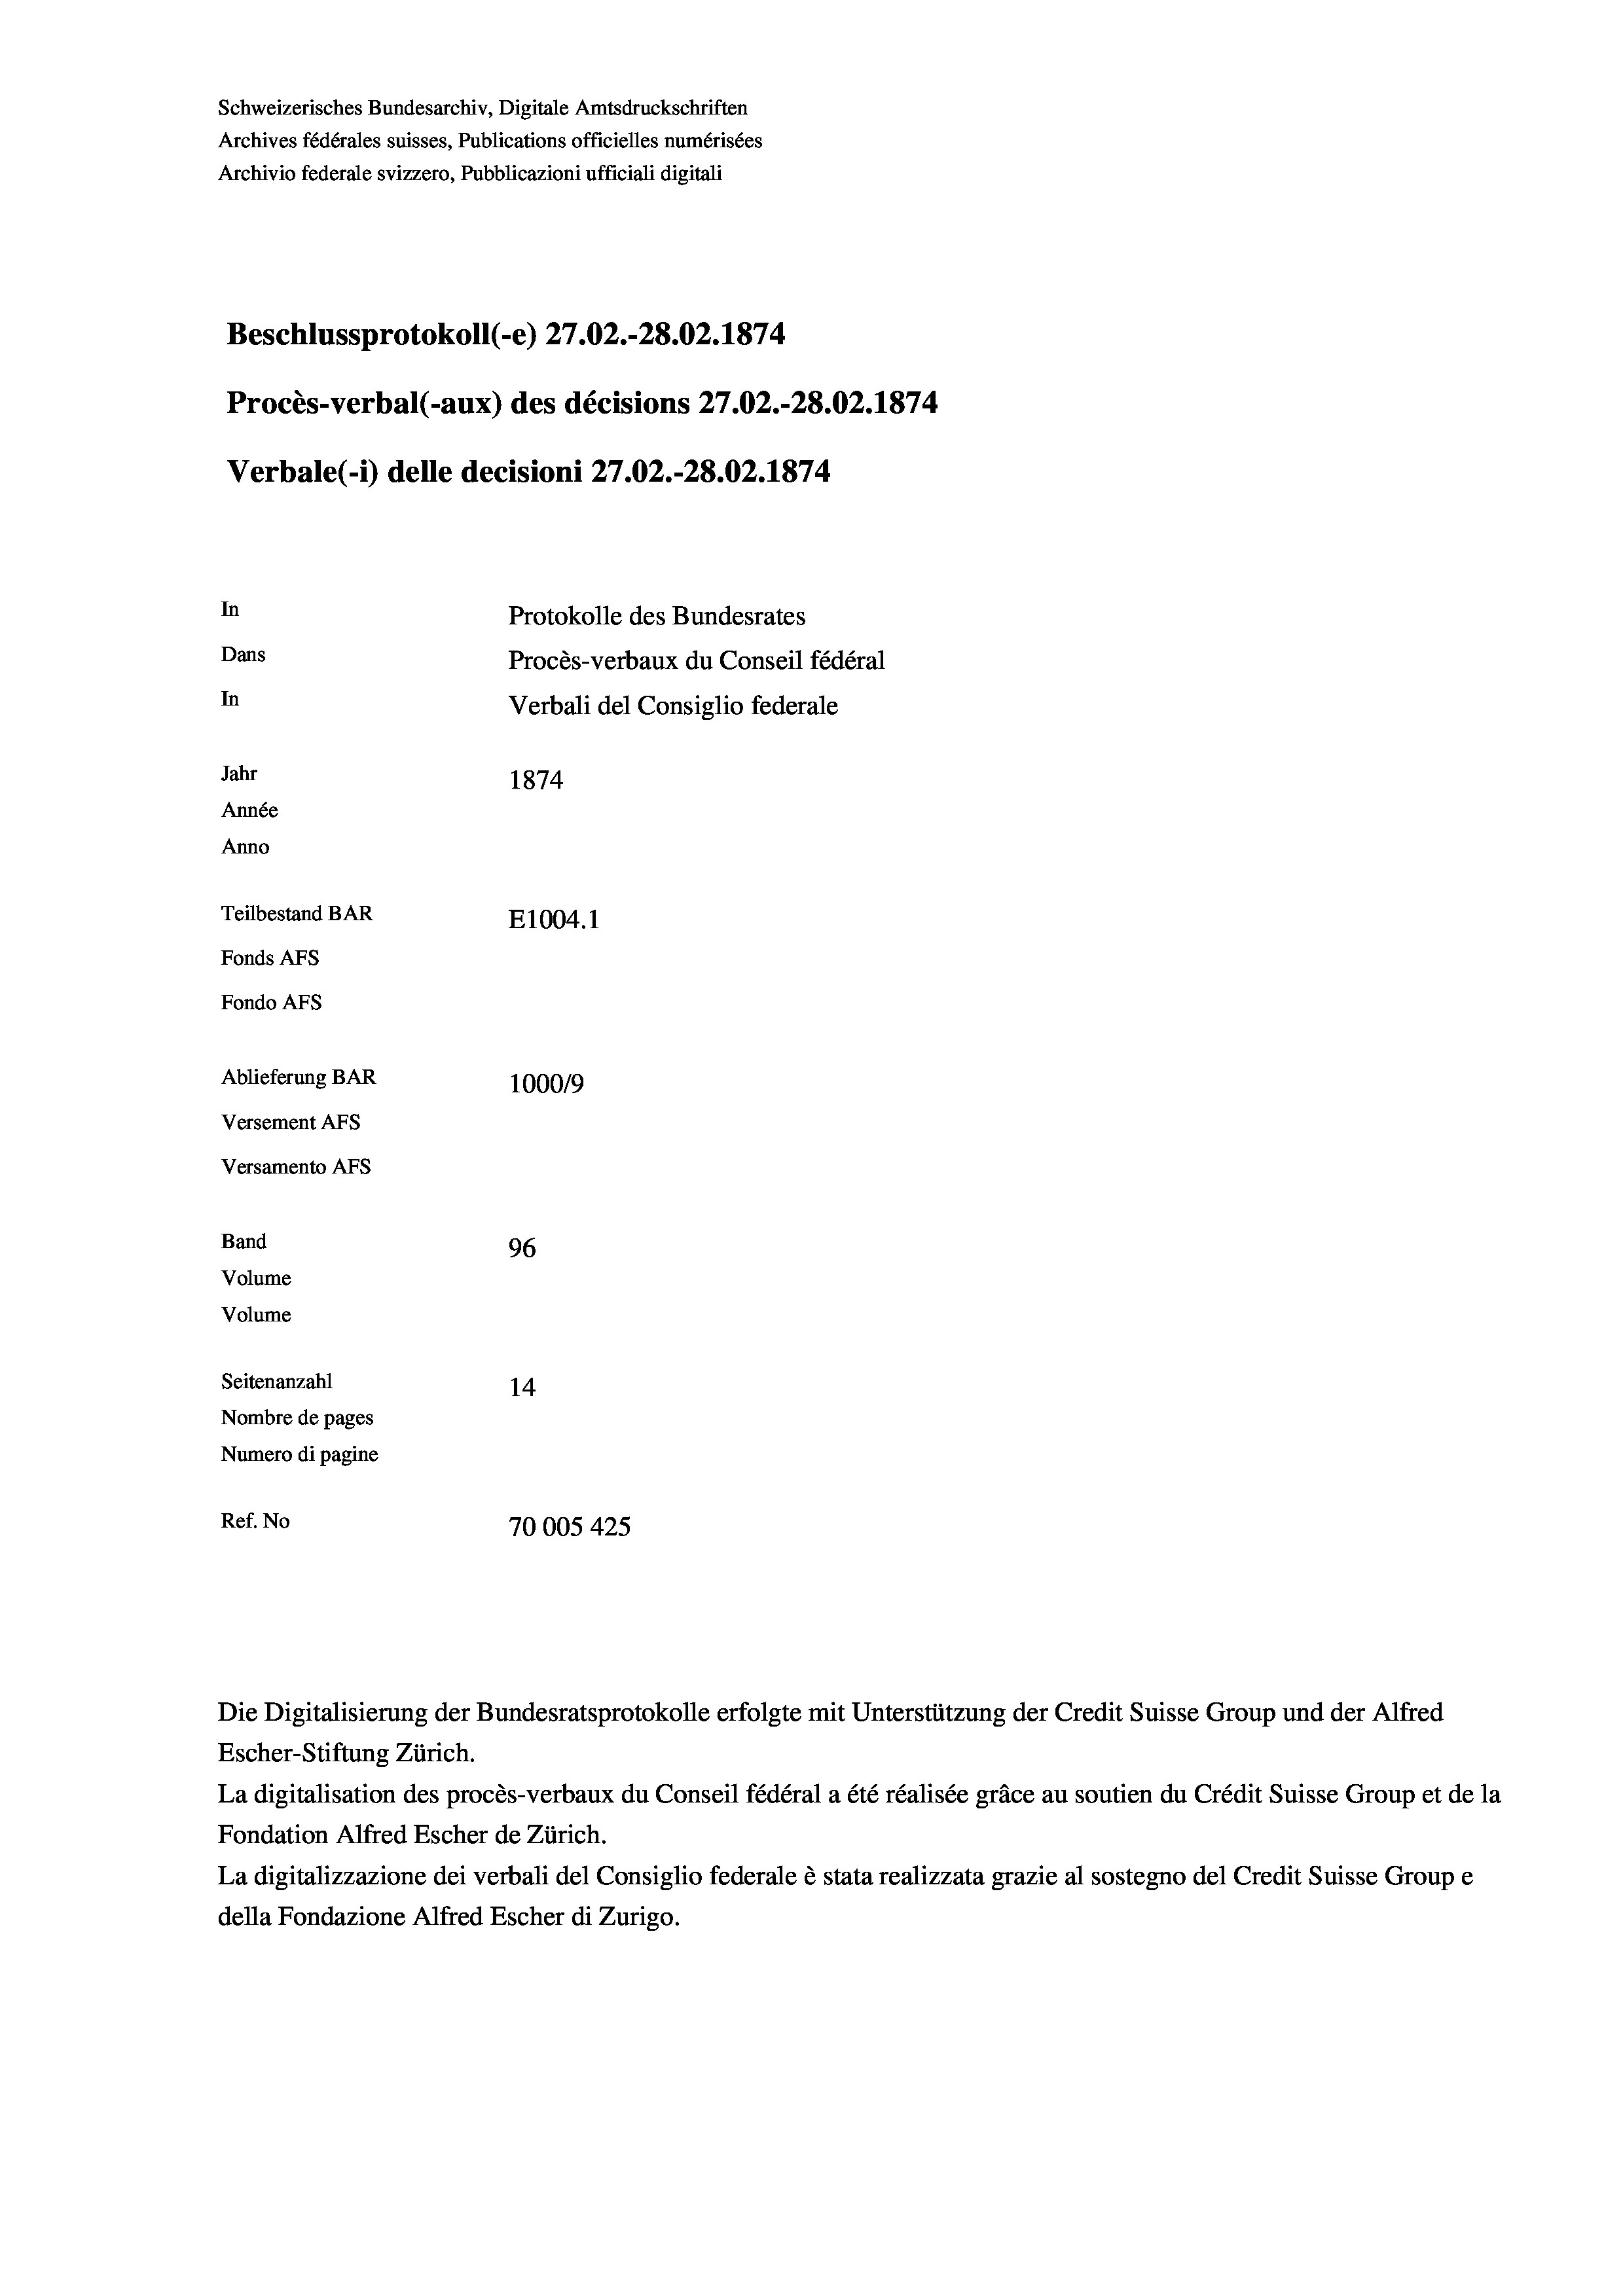
Beschlussprotokoll (-e) 27.02.-28.02. 1874
Procès-verbal (-aux) des décisions 27.02.-28.02. 1874
Verbale (1) delle decisioni 27.02.-28.02. 1874
In
Protokolle des Bundesrates
Dans
Procès-verbaux du Conseil fédéral
In
Verbali del Consiglio federale
Jahr
1874
Année
Anno
Teilbestand BAR
E1004. 1
Fonds AFs
Fondo Afs

Ablieferung BAR
Versement AFs
Versamento AFs
Band
Volume
Volume
Seitenanzahl

Schweizerisches Bundesarchiv, Digitale Amtsdruckschriften
Archives fédérales suisses, Publications officielles numérisées
Archivio federale svizzero, Pubblicazioni ufficiali digitali

100019
96
14
Nombre de pages
Numero di pagine
Ref. No
70005 425.

Escher-Stiftung Zürich.
La digitalisation des procès-verbaux du Conseil fédéral a été réalisée gräce au soutien du Crédit Suisse Group et de la
Fondation Alfred Escher de Zürich.
La digitalizzazione dei verbali del Consiglio federale è stata realizzata grazie al sostegno del Credit Suisse Groupe
della Fondazione Alfred Escher di Zurigo.

Die Digitalisierung der Bundesratsprotokolle erfolgte mit Unterstützung der Credit Suisse Group und der Alfred